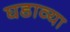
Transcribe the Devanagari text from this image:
घडाव्या